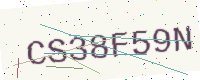
Text: CS38F59N